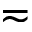
\eqsim